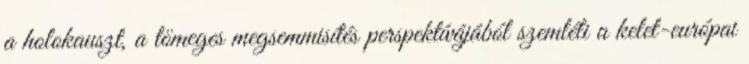
a holokauszt, a tömeges megsemmisítés perspektívájából szemléli a kelet-európai